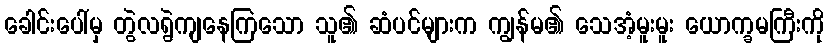
ခေါင်းပေါ်မှ တွဲလရွဲကျနေကြသော သူ၏ ဆံပင်များက ကျွန်မ၏ သေအံ့မူးမူး ယောက္ခမကြီးကို